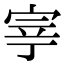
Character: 𭓳